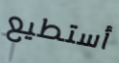
أستطيع